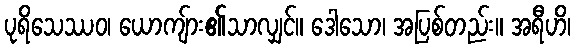
ပုရိသေဿဝ၊ ယောကျ်ား၏သာလျှင်။ ဒေါသော၊ အပြစ်တည်း။ အရီဟိ၊